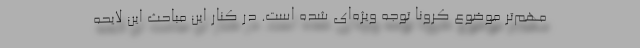
مهم‌تر موضوع کرونا توجه ویژه‌ای شده است. در کنار این مباحث این لایحه